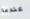
عندما